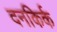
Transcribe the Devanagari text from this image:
दनकिर्क